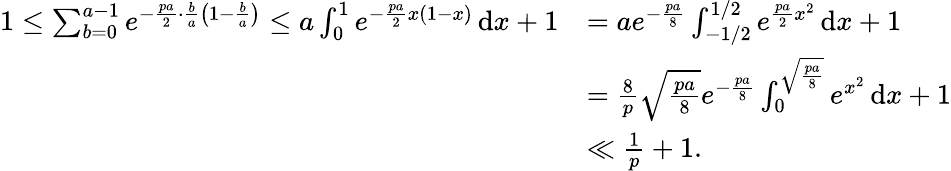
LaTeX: \begin{array}{rl}{1\le\sum_{b=0}^{a-1}e^{-\frac{pa}{2}\cdot\frac{b}{a}\left(1-\frac{b}{a}\right)}\le a\int_{0}^{1}e^{-\frac{pa}{2}x(1-x)}\, \mathrm{d}x+1}&{=ae^{-\frac{pa}{8}}\int_{-1/2}^{1/2}e^{\frac{pa}{2}x^{2}}\, \mathrm{d}x+1}\\ &{=\frac{8}{p}\sqrt{\frac{pa}{8}}e^{-\frac{pa}{8}}\int_{0}^{\sqrt{\frac{pa}{8}}}e^{x^{2}}\, \mathrm{d}x+1}\\ &{\ll\frac{1}{p}+1.}\end{array}